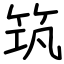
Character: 筑